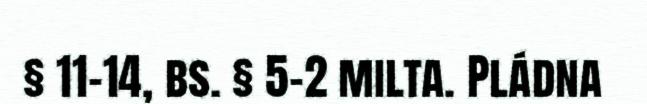
§ 11-14, bs. § 5-2 milta. Pládna